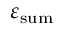
\varepsilon _ { \mathrm { s u m } }